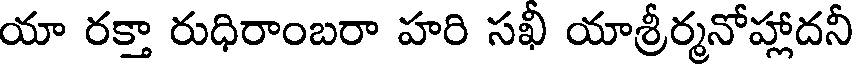
యా రక్తా రుధిరాంబరా హరి సఖీ యాశ్రీర్మనోహ్లాదనీ